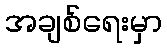
အချစ်ရေးမှာ